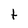
Character: t